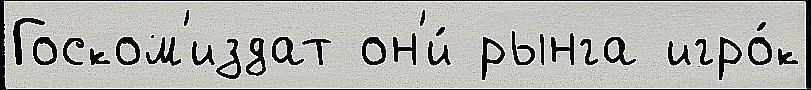
Госком'издат он'и́ рынга игро́к